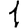
Digit: 1